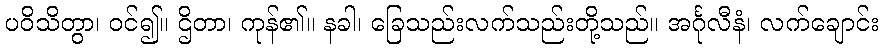
ပဝိသိတွာ၊ ဝင်၍။ ဌိတာ၊ ကုန်၏။ နခါ၊ ခြေသည်းလက်သည်းတို့သည်။ အင်္ဂုလီနံ၊ လက်ချောင်း